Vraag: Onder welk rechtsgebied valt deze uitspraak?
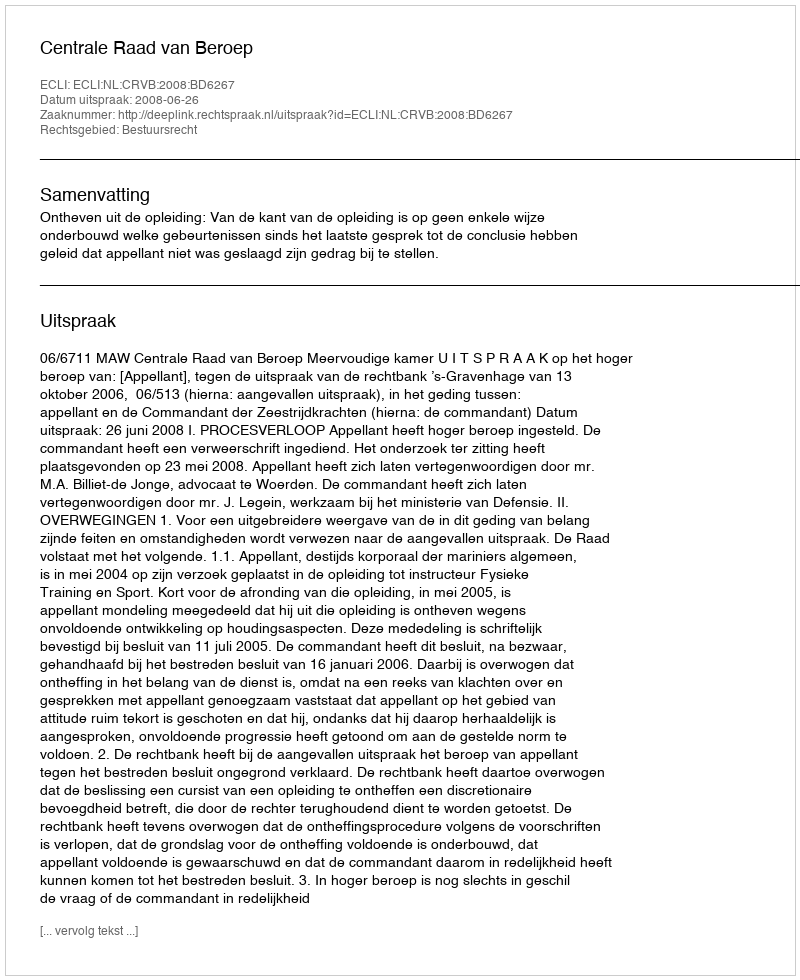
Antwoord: Bestuursrecht